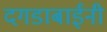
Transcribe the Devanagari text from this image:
दगडाबाईनी